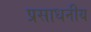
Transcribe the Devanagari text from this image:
प्रसाधनीय